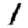
Digit: 1